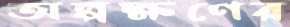
অল্পক্ষণের